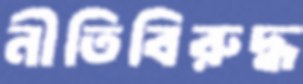
নীতিবিরুদ্ধ